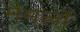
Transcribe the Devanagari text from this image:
मैमलों